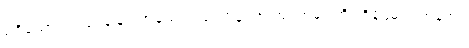
မရှိသော။ သုခံ၊ ချမ်းသာသော။ ယံ ဌာနံ၊ အကြင်အရပ်ကို။ ဝိန္ဒေမ၊ ရကုန်အံ့။